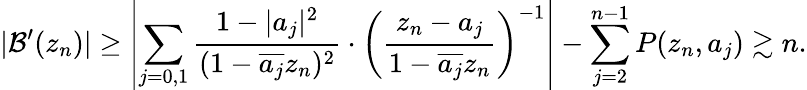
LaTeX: |\mathcal{B}^{\prime}(z_{n})|\geq\left|\sum_{j=0,1}\frac{1-|a_{j}|^{2}}{(1-\overline{{a_{j}}}z_{n})^{2}}\cdot\left(\frac{z_{n}-a_{j}}{1-\overline{{a_{j}}}z_{n}}\right)^{-1}\right|-\sum_{j=2}^{n-1}P(z_{n},a_{j})\gtrsim n.